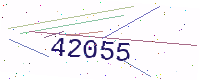
Text: 42055